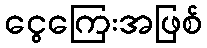
ငွေကြေးအဖြစ်